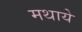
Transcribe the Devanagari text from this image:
मथाये